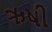
ઋષી